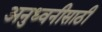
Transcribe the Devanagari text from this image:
अनुध्वनीसाठी